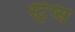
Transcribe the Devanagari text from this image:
स्ट्रेप्स